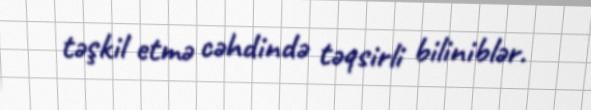
təşkil etmə cəhdində təqsirli biliniblər.